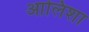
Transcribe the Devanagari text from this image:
आलिशा